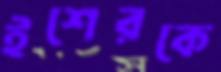
ইশেরকে